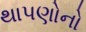
થાપણોનો